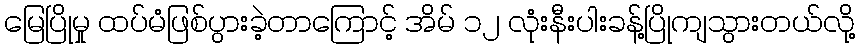
မြေပြိုမှု ထပ်မံဖြစ်ပွားခဲ့တာကြောင့် အိမ် ၁၂ လုံးနီးပါးခန့်ပြိုကျသွားတယ်လို့